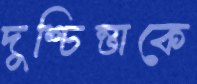
দুশ্চিন্তাকে